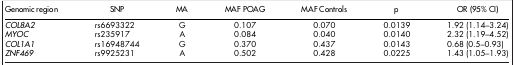
| Genomic region | SNP | MA | MAF POAG | MAF Controls | p | OR (95% CI) |
 | --- | --- | --- | --- | --- | --- | --- |
 | COL8A2 | rs6693322 | G | 0.107 | 0.070 | 0.0139 | 1.92 (1.14–3.24) |
 | MYOC | rs235917 | A | 0.084 | 0.040 | 0.0140 | 2.32 (1.19–4.52) |
 | COL1A1 | rs16948744 | G | 0.370 | 0.437 | 0.0143 | 0.68 (0.5–0.93) |
 | ZNF469 | rs9925231 | A | 0.502 | 0.428 | 0.0225 | 1.43 (1.05–1.93) |